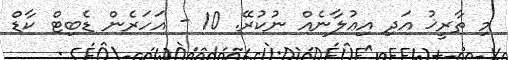
މި ތާރީޚު އަދި އިޢުލާނެއް ނުކުރޭ. 10 - އަހަރެން ޑެބިޓް ކާޑް